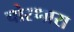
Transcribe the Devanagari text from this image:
चोरणारा